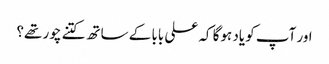
اور آپ کو یاد ہوگا کہ علی بابا کے ساتھ کتنے چور تھے؟